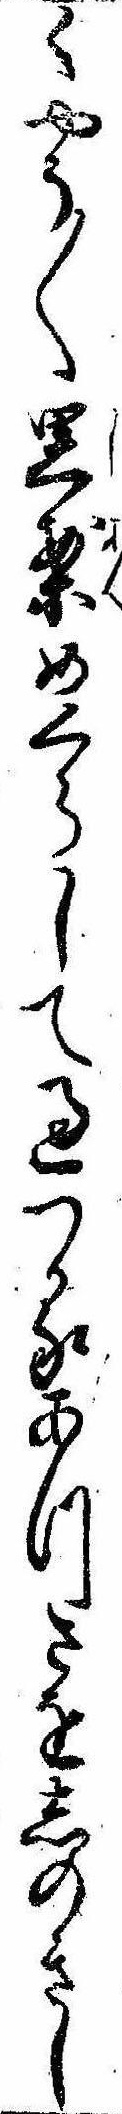
くやう〱思案めくらして過つるあつさをしのきし